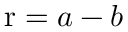
\mathrm { r } = a - b \,